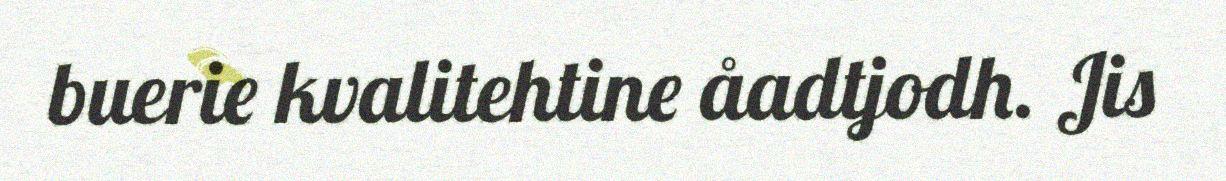
buerie kvalitehtine åadtjodh. Jis